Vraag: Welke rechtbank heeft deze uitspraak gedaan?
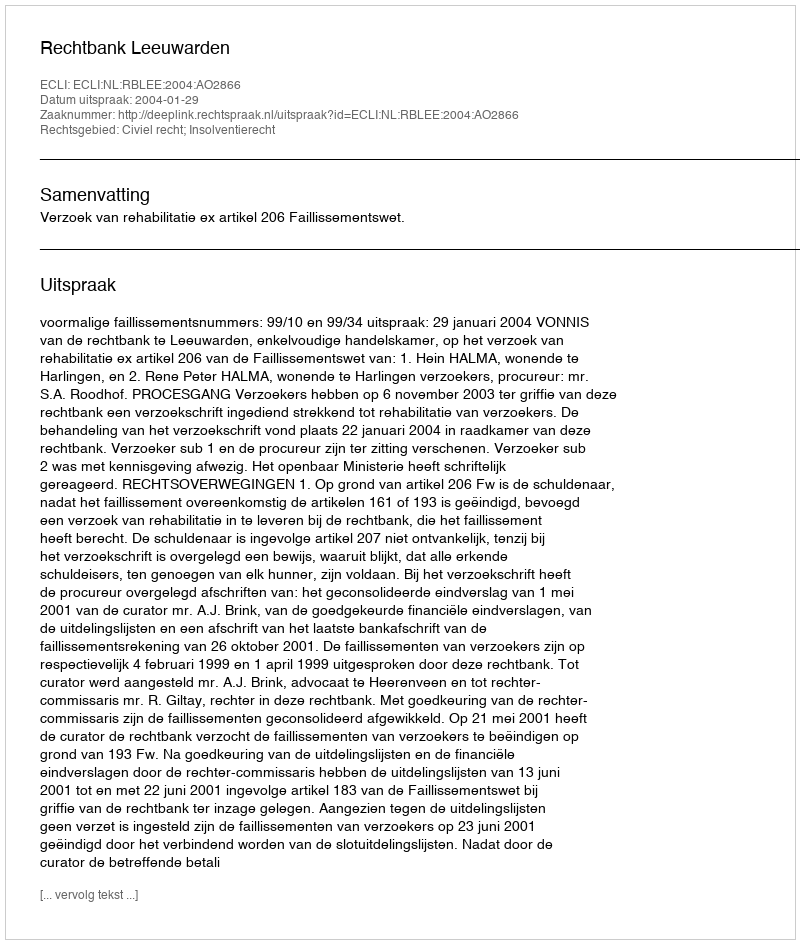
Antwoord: Rechtbank Leeuwarden